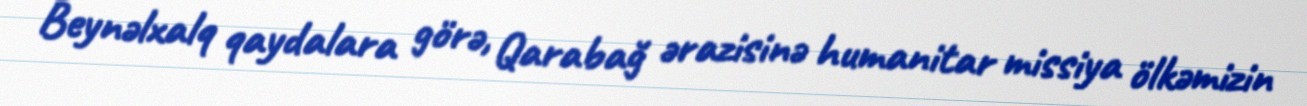
Beynəlxalq qaydalara görə, Qarabağ ərazisinə humanitar missiya ölkəmizin